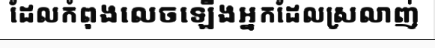
ដែលកំពុងលេចឡើងអ្នកដែលស្រលាញ់